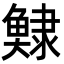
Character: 𩸺